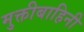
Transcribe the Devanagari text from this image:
मुक्तीबाहिनी